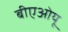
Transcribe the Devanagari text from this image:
बीएओयू